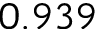
0 . 9 3 9